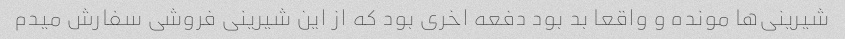
شیرینی‌ها مونده و واقعا بد بود دفعه اخری بود که از این شیرینی فروشی سفارش میدم